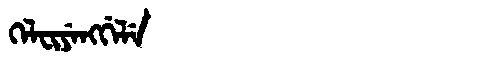
Manchu: ᡴᡝᠯᠸᡳᠶᡝᠩᡤᡝᠯᡝ
Romanization: KELFIYENGGELE